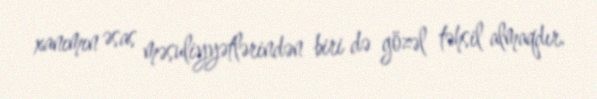
xanımın əsas məsuliyyətlərindən biri də gözəl təhsil almaqdır.